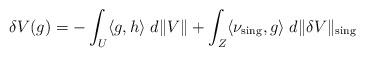
LaTeX: \begin{align*} \delta V(g) = - \int_{U} \langle g, h\rangle \; d\|V\| + \int_Z \langle \nu_{\rm sing}, g \rangle \; d\|\delta V\|_{\rm sing} \end{align*}